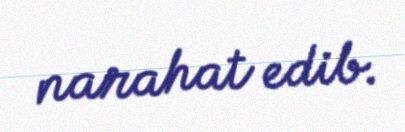
narahat edib.